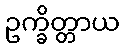
ဥက္ခိတ္တာယ